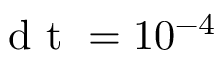
\textrm { d t } = 1 0 ^ { - 4 }